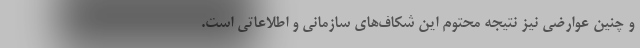
و چنین عوارضی نیز نتیجه محتوم این شکاف‌های سازمانی و اطلاعاتی است.